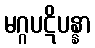
မဂ္ဂပဋိပန္နာ